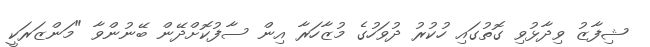
ޝިފާޒު ވިދާޅުވި ގޮތުގައި ހުކުރު ދުވަހުގެ މުޒާހަރާ އިން ސާފުކޮށްދޭން ބޭނުންވާ "މަންޒަރަކީ